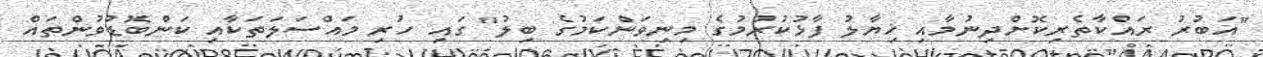
"އަބުރު ރައްކާތެރިކޮށްދިނުމާއި ޚިޔާލު ފާޅުކުރުމުގެ މިނިވަންކަމުގެ ބިލު" ގައި ހުރި މައްސަލަތަކާއި ކަންބޮޑުވުންތައް